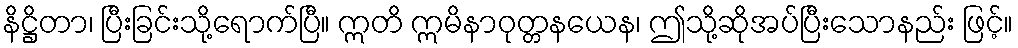
နိဋ္ဌိတာ၊ ပြီးခြင်းသို့ရောက်ပြီ။ ဣတိ ဣမိနာဝုတ္တနယေန၊ ဤသို့ဆိုအပ်ပြီးသောနည်း ဖြင့်။